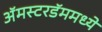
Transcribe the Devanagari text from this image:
अॅमस्टरडॅममध्ये